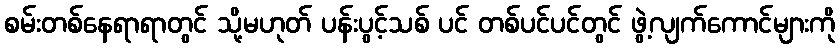
စမ်းတစ်နေရာရာတွင် သို့မဟုတ် ပန်းပွင့်သစ် ပင် တစ်ပင်ပင်တွင် ဖွဲ့လျက်ကောင်များကို